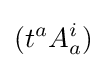
(t^{a}A_{a}^{i})